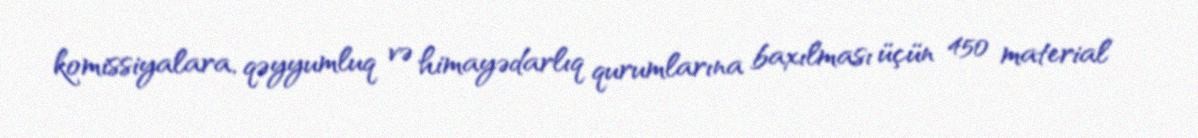
komissiyalara, qəyyumluq və himayədarlıq qurumlarına baxılması üçün 450 material